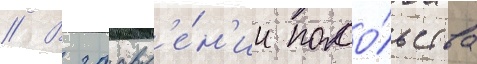
// В заавл'е́н'ии посо́льства